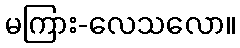
မကြား-လေသလော။